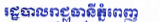
រដ្ឋបាលរាជធានីភ្នំពេញ